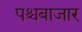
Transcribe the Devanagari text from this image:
पश्चबाजार